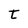
Character: t